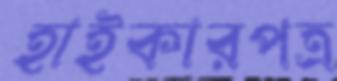
হাইকারপত্র